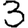
Digit: 3